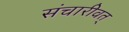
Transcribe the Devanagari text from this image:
संचारीवत्